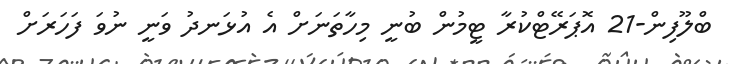
ބްލޫފިން-21 އޮޕަރޭޓްކުރާ ޓީމުން ބުނީ މިހާތަނަށް އެ އުޅަނދު ވަނީ ނުވަ ފަހަރަށް